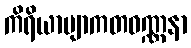
ကိရိယာဗျာကတဝဏ္ဏနာ